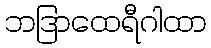
ဘဒြာထေရီဂါထာ